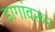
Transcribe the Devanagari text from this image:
डागांवरून